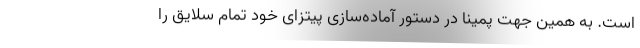
است. به همین جهت پمینا در دستور آماده‌سازی پیتزای خود تمام سلایق را